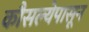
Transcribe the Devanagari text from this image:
कौसल्येपासून